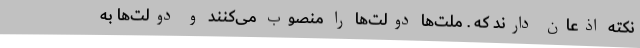
نکته اذعان دارند که . ملت‌ها دولت‌ها را منصوب می‌کنند و دولت‌ها به